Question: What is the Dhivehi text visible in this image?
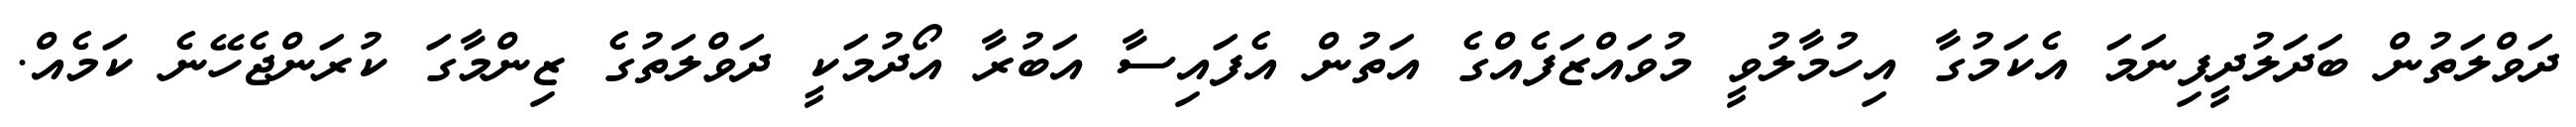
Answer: ދަވްލަތުން ބަދަލުދީފިނަމަ އެކަމުގާ އިހުމާލުވީ މުވައްޒަފެއްގެ އަތުން އެފައިސާ އަބުރާ އޯދުމަކީ ދަވްލަތުގެ ޒިންމާގަ ކުރަންޖެހޭނެ ކަމެއް.